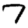
Digit: 7